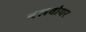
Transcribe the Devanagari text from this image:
बेलवोयर